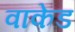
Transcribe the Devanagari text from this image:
वाकेड